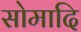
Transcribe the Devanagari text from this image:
सोमादि